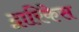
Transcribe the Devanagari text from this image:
द्वारिकेस